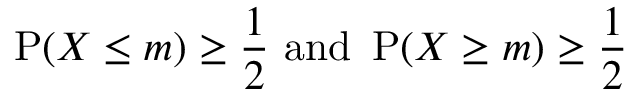
\operatorname { P } ( X \leq m ) \geq { \frac { 1 } { 2 } } { \mathrm { ~ a n d ~ } } \operatorname { P } ( X \geq m ) \geq { \frac { 1 } { 2 } }